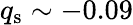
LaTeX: q_{\mathrm{s}}\sim-0.09